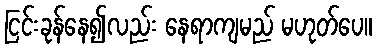
ငြင်းခုန်နေ၍လည်း နေရာကျမည် မဟုတ်ပေ။